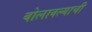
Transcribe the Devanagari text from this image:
बोलावल्याची